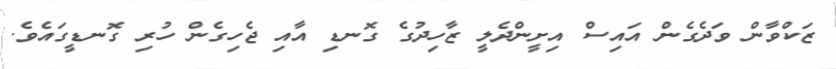
ޒަކްވާން ވަދެގެން އައިސް އިށީންދެލީ ޒާހިދުގެ ގޮނޑި އާއި ޖެހިގެން ހުރި ގޮނޑީގައެވެ.